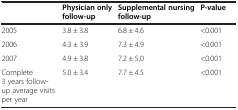
<table><thead><tr><td><b> </b></td><td><b>Physician only follow-up</b></td><td><b>Supplemental nursing follow-up</b></td><td><b>P-value</b></td></tr></thead><tbody><tr><td>2005</td><td>3.8 ± 3.8</td><td>6.8 ± 4.6</td><td>&lt;0.001</td></tr><tr><td>2006</td><td>4.3 ± 3.9</td><td>7.3 ± 4.9</td><td>&lt;0.001</td></tr><tr><td>2007</td><td>4.9 ± 3.8</td><td>7.2 ± 5.0</td><td>&lt;0.001</td></tr><tr><td>Complete 3 years follow-up average visits per year</td><td>5.0 ± 3.4</td><td>7.7 ± 4.5</td><td>&lt;0.001</td></tr></tbody></table>